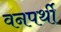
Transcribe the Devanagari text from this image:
वनपर्थी